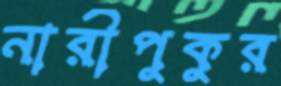
নারীপুকুর